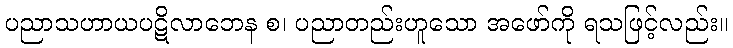
ပညာသဟာယပဋိလာဘေန စ၊ ပညာတည်းဟူသော အဖော်ကို ရသဖြင့်လည်း။